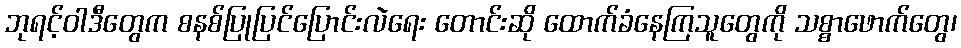
ဘုရင့်ဝါဒီတွေက စနစ်ပြုပြင်ပြောင်းလဲရေး တောင်းဆို ထောက်ခံနေကြသူတွေကို သစ္စာဖောက်တွေ၊